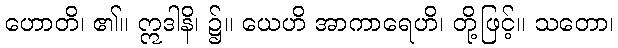
ဟောတိ၊ ၏။ ဣဒါနိ၊ ၌။ ယေဟိ အာကာရေဟိ၊ တို့ဖြင့်။ သတော၊